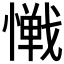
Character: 𱟎